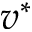
v ^ { * }